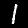
Label: 1